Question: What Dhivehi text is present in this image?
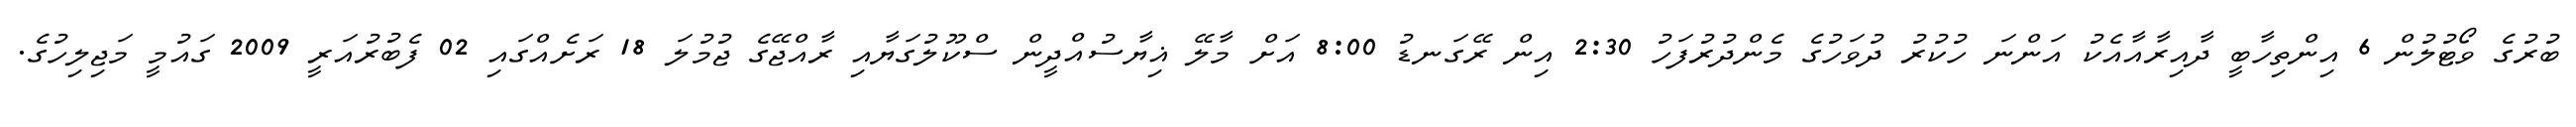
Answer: ބުރުގެ ވޯޓުލުން 6 އިންތިހާބީ ދާއިރާއާއެކު އަންނަ ހުކުރު ދުވަހުގެ މެންދުރުފަހު 2:30 އިން ރޭގަނޑު 8:00 އަށް މާލޭ ޣިޔާސުއްދީން ސްކޫލުގަޔާއި ރާއްޖޭގެ ޖުމުލަ 18 ރަށެއްގައި 02 ފެބުރުއަރީ 2009 ގައުމީ މަޖިލިހުގެ.